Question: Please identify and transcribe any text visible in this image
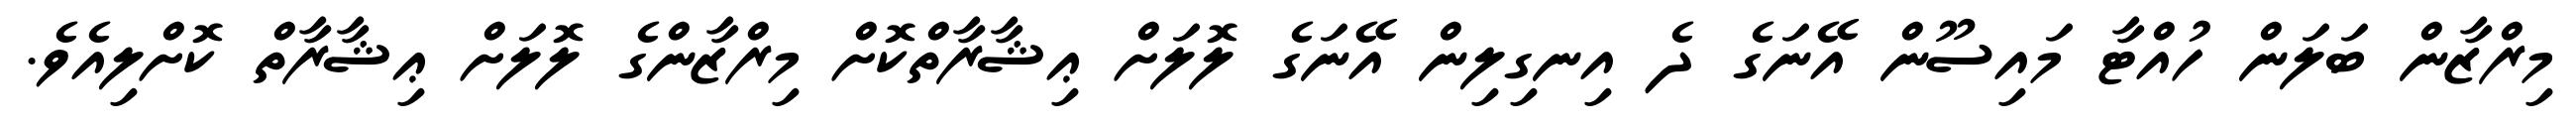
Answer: މިރްޒާން ބަލަން ހުއްޓާ މައިސޫން އޭނަގެ ދެ އިނގިލިން އޭނަގެ ލޮލަށް ޢިޝާރާތްކޮށް މިރްޒާންގެ ލޮލަށް ޢިޝާރާތް ކޮށްލިއެވެ.